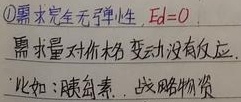
\textcircled{1}需求完全无弹性，\(E_d = 0\)，需求量对价格变动没有反应。比如：胰岛素，战略物资